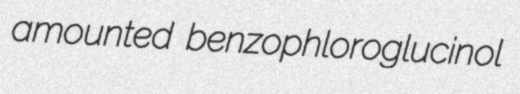
amounted benzophloroglucinol